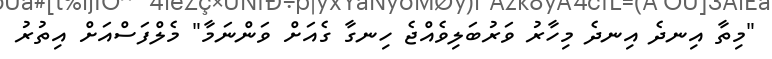
"މިތާ އިނދެ އިނދެ މިހާރު ވަރުބަލިވެއްޖެ ހިނގާ ގެއަށް ވަންނަމާ" މެލްފަސްއަށް އިތުރު